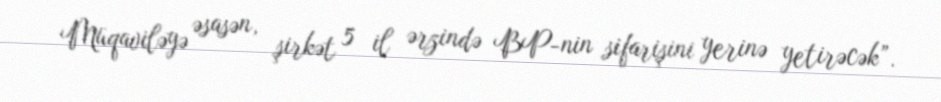
Müqaviləyə əsasən, şirkət 5 il ərzində BP-nin sifarişini yerinə yetirəcək”.